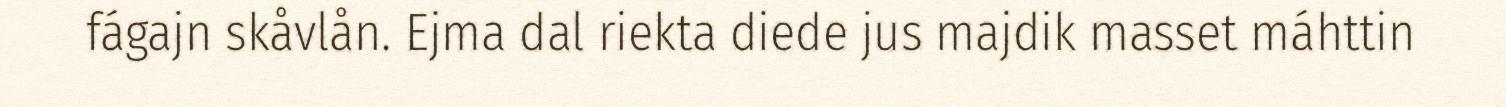
fágajn skåvlån. Ejma dal riekta diede jus majdik masset máhttin